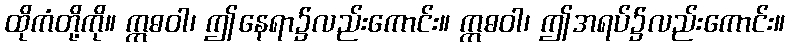
ထိုကံတို့ကို။ ဣဓဝါ၊ ဤနေရာ၌လည်းကောင်း။ ဣဓဝါ၊ ဤအရပ်၌လည်းကောင်း။